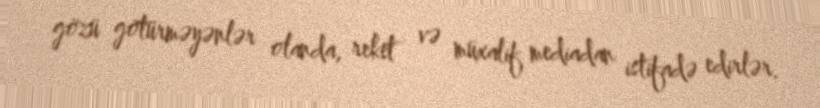
gözü götürməyənlər olanda, reket və müxalif mediadan istifadə edirlər.